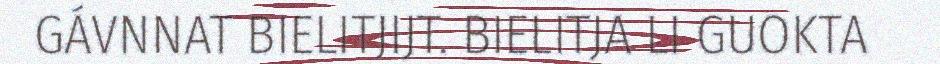
GÁVNNAT BIELITJIJT. BIELITJA LI GUOKTA